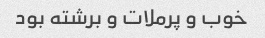
خوب و پرملات و برشته بود